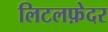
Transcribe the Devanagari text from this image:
लिटलफ़ेदर